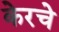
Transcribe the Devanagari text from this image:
केरचे